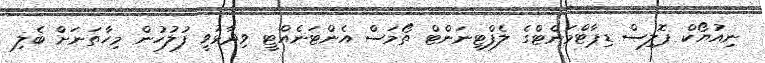
ނިއުޔޯކް ޕޮލިސް ޑިޕާޓްމަންޓްގެ ލެފްޓިނަންޓް ތޯމަސް އެންޓަނެއްޓީ ވިދާޅުވީ ފުލުހުން މިހާތަނަށް ބެލި